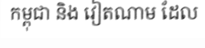
កម្ពុជា និង វៀតណាម ដែល